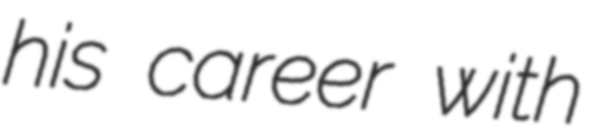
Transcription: his career with